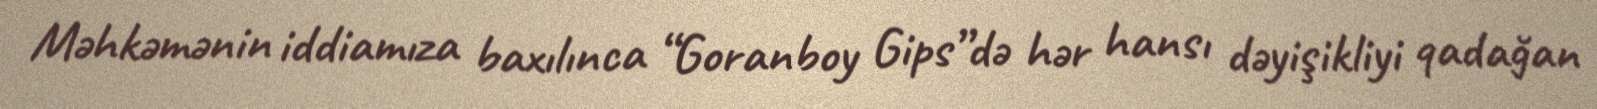
Məhkəmənin iddiamıza baxılınca “Goranboy Gips”də hər hansı dəyişikliyi qadağan